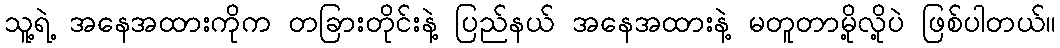
သူ့ရဲ့ အနေအထားကိုက တခြားတိုင်းနဲ့ ပြည်နယ် အနေအထားနဲ့ မတူတာမို့လို့ပဲ ဖြစ်ပါတယ်။